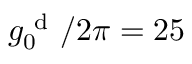
g _ { 0 } ^ { \mathrm { ~ d ~ } } / 2 \pi = 2 5